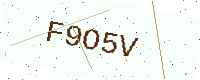
Text: F9O5V